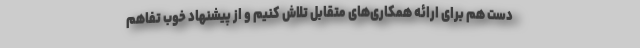
دست هم برای ارائه همکاری‌های متقابل تلاش کنیم و از پیشنهاد خوب تفاهم